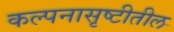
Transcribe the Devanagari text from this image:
कल्पनासृष्टीतील